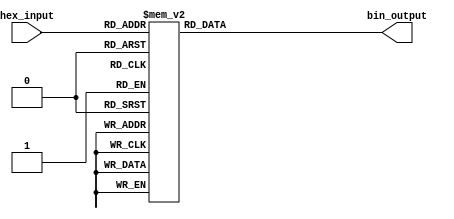
module hex_to_bin_encoder (
    input  wire [3:0] hex_input,  // 4-bit hexadecimal input
    output reg  [3:0] bin_output   // 4-bit binary output
);

    always @(*) begin
        case (hex_input)
            4'b0000: bin_output = 4'b0000; // 0
            4'b0001: bin_output = 4'b0001; // 1
            4'b0010: bin_output = 4'b0010; // 2
            4'b0011: bin_output = 4'b0011; // 3
            4'b0100: bin_output = 4'b0100; // 4
            4'b0101: bin_output = 4'b0101; // 5
            4'b0110: bin_output = 4'b0110; // 6
            4'b0111: bin_output = 4'b0111; // 7
            4'b1000: bin_output = 4'b1000; // 8
            4'b1001: bin_output = 4'b1001; // 9
            4'b1010: bin_output = 4'b1010; // A (10)
            4'b1011: bin_output = 4'b1011; // B (11)
            4'b1100: bin_output = 4'b1100; // C (12)
            4'b1101: bin_output = 4'b1101; // D (13)
            4'b1110: bin_output = 4'b1110; // E (14)
            4'b1111: bin_output = 4'b1111; // F (15)
            default: bin_output = 4'b0000;  // Error handling: output 0000 for invalid input
        endcase
    end

endmodule